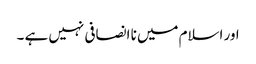
اور اسلام میں نا انصافی نہیں ہے ۔